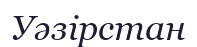
Уәзірстан